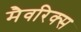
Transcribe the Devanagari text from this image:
मैवरिक्स